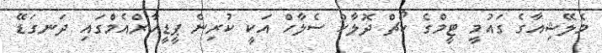
މެލޭޝިއާގެ ގައުމީ ޓީމްގެ ކޯޗް ދޮލާހް ސެލާހް އަކީ ކުރިން ޕީޑީއާރްއެމްގައި ދަނގަޑޭ